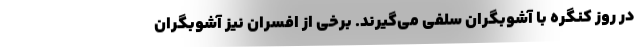
در روز کنگره با آشوبگران سلفی می‌گیرند. برخی از افسران نیز آشوبگران